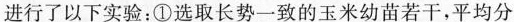
进行了以下实验：①选取长势一致的玉米幼苗若干，平均分